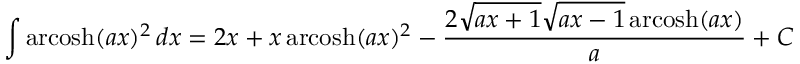
\int \operatorname { a r c o s h } ( a x ) ^ { 2 } \, d x = 2 x + x \operatorname { a r c o s h } ( a x ) ^ { 2 } - { \frac { 2 { \sqrt { a x + 1 } } { \sqrt { a x - 1 } } \operatorname { a r c o s h } ( a x ) } { a } } + C